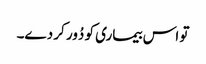
تو اس بیماری کو دُور کر دے۔